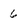
Character: 6